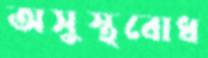
অসুস্থবোধ